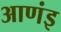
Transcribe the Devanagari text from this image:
आणंइ